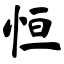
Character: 恒